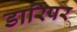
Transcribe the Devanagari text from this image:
डारिपर